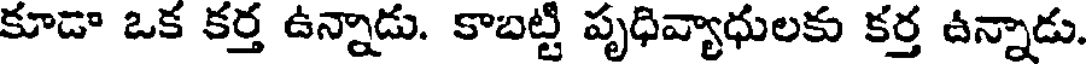
కూడా ఒక కర్త ఉన్నాడు. కాబట్టి పృధివ్యాధులకు కర్త ఉన్నాడు.